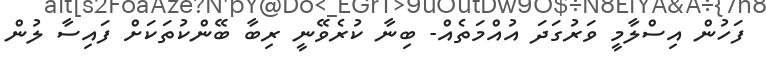
ފަހުން އިސްލާމީ ވަރުގަދަ އުއްމަތެއް- ބިނާ ކުރެވޭނީ ރިބާ ބޭންކުތަކަށް ފައިސާ ލުން